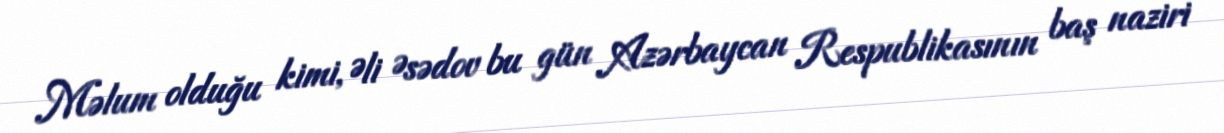
Məlum olduğu kimi, Əli Əsədov bu gün Azərbaycan Respublikasının baş naziri